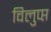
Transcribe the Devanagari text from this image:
विलुप्प्त